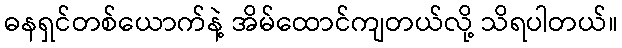
ဓနရှင်တစ်ယောက်နဲ့ အိမ်ထောင်ကျတယ်လို့ သိရပါတယ်။